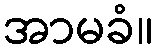
အာမခံ။